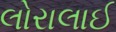
લોરાલાઈ